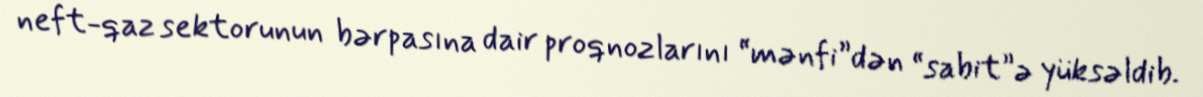
neft-qaz sektorunun bərpasına dair proqnozlarını “mənfi”dən “sabit”ə yüksəldib.